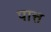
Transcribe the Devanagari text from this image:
पात्त